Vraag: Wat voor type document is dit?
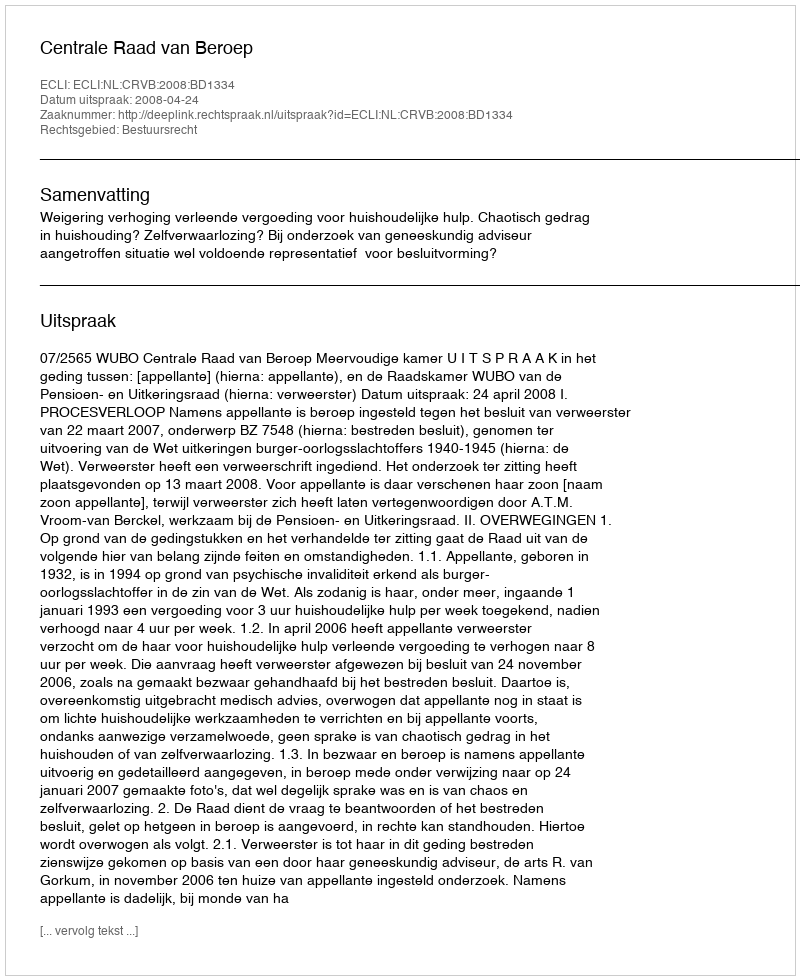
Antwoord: Uitspraak